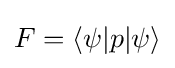
F=\langle \psi |p|\psi \rangle